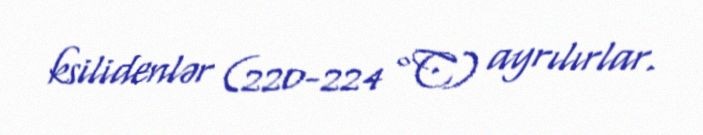
ksilidenlər (220-224 °C) ayrılırlar.